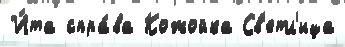
И́та спра́ва Кожойка Св'етл'ица